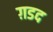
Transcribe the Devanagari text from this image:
ग़डद